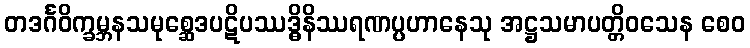
တဒင်္ဂဝိက္ခမ္ဘနသမုစ္ဆေဒပဋိပဿဒ္ဓိနိဿရဏပ္ပဟာနေသု အဋ္ဌသမာပတ္တိဝသေန စေဝ